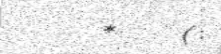
*    (: